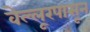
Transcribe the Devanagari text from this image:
वेल्लूरपासून